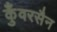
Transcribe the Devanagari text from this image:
कुँवरसैन